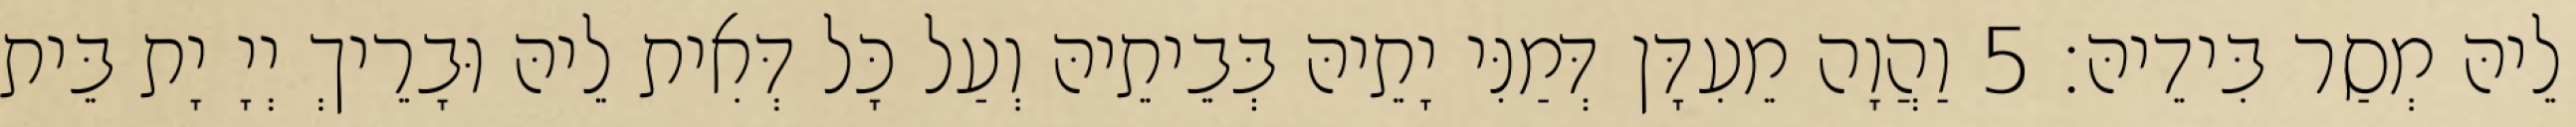
לֵיהּ מְסַר בִּידֵיהּ׃ 5 וַהֲוָה מֵעִדָּן דְּמַנִּי יָתֵיהּ בְּבֵיתֵיהּ וְעַל כָּל דְּאִית לֵיהּ וּבָרֵיךְ יְיָ יָת בֵּית